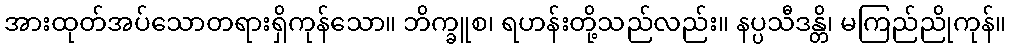
အားထုတ်အပ်သောတရားရှိကုန်သော။ ဘိက္ခူစ၊ ရဟန်းတို့သည်လည်း။ နပ္ပသီဒန္တိ၊ မကြည်ညိုကုန်။